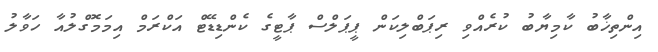
އިންތިޚާބު ކާމިޔާބު ކުރެއްވި ރިޕަބްލިކަން ޕީޕަލްސް ޕާޓީގެ ކެންޑިޑޭޓް އަކްރަމް އިމަމޮގްލުއާ ހަވާލު